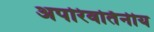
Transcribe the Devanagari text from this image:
अपरिवर्तिनीय